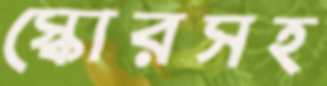
স্কোরসহ